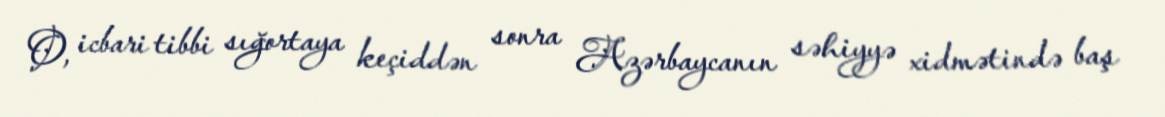
O, icbari tibbi sığortaya keçiddən sonra Azərbaycanın səhiyyə xidmətində baş